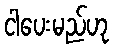
ငါပေးမည်ဟု